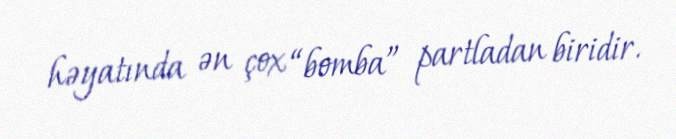
həyatında ən çox “bomba” partladan biridir.